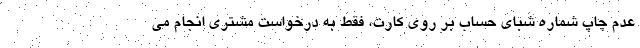
عدم چاپ شماره شبای حساب بر روی کارت، فقط به درخواست مشتری انجام می